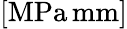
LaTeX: \left[\mathrm{MPa}\, \mathrm{mm}\right]